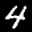
Label: 4